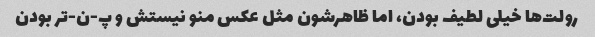
رولت‌ها خیلی لطیف بودن، اما ظاهرشون مثل عکس منو نیستش و پ-ن-تر بودن